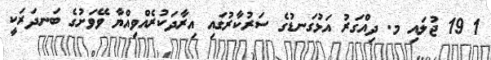
1 19 ޖުލައި މ. ދިއްގަރު އަޅުގަނޑުގެ ސަރުކާރުގައި އިރާދަކުރެއްވިއްޔާ ވޭވަށުގެ ބަނދަރަކީ